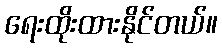
ရေးထိုးထားနိုင်တယ်။